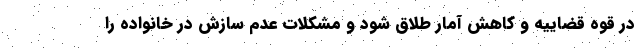
در قوه قضاییه و کاهش آمار طلاق شود و مشکلات عدم سازش در خانواده را